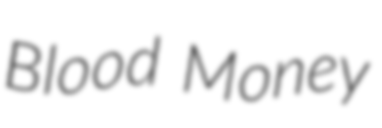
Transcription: Blood Money